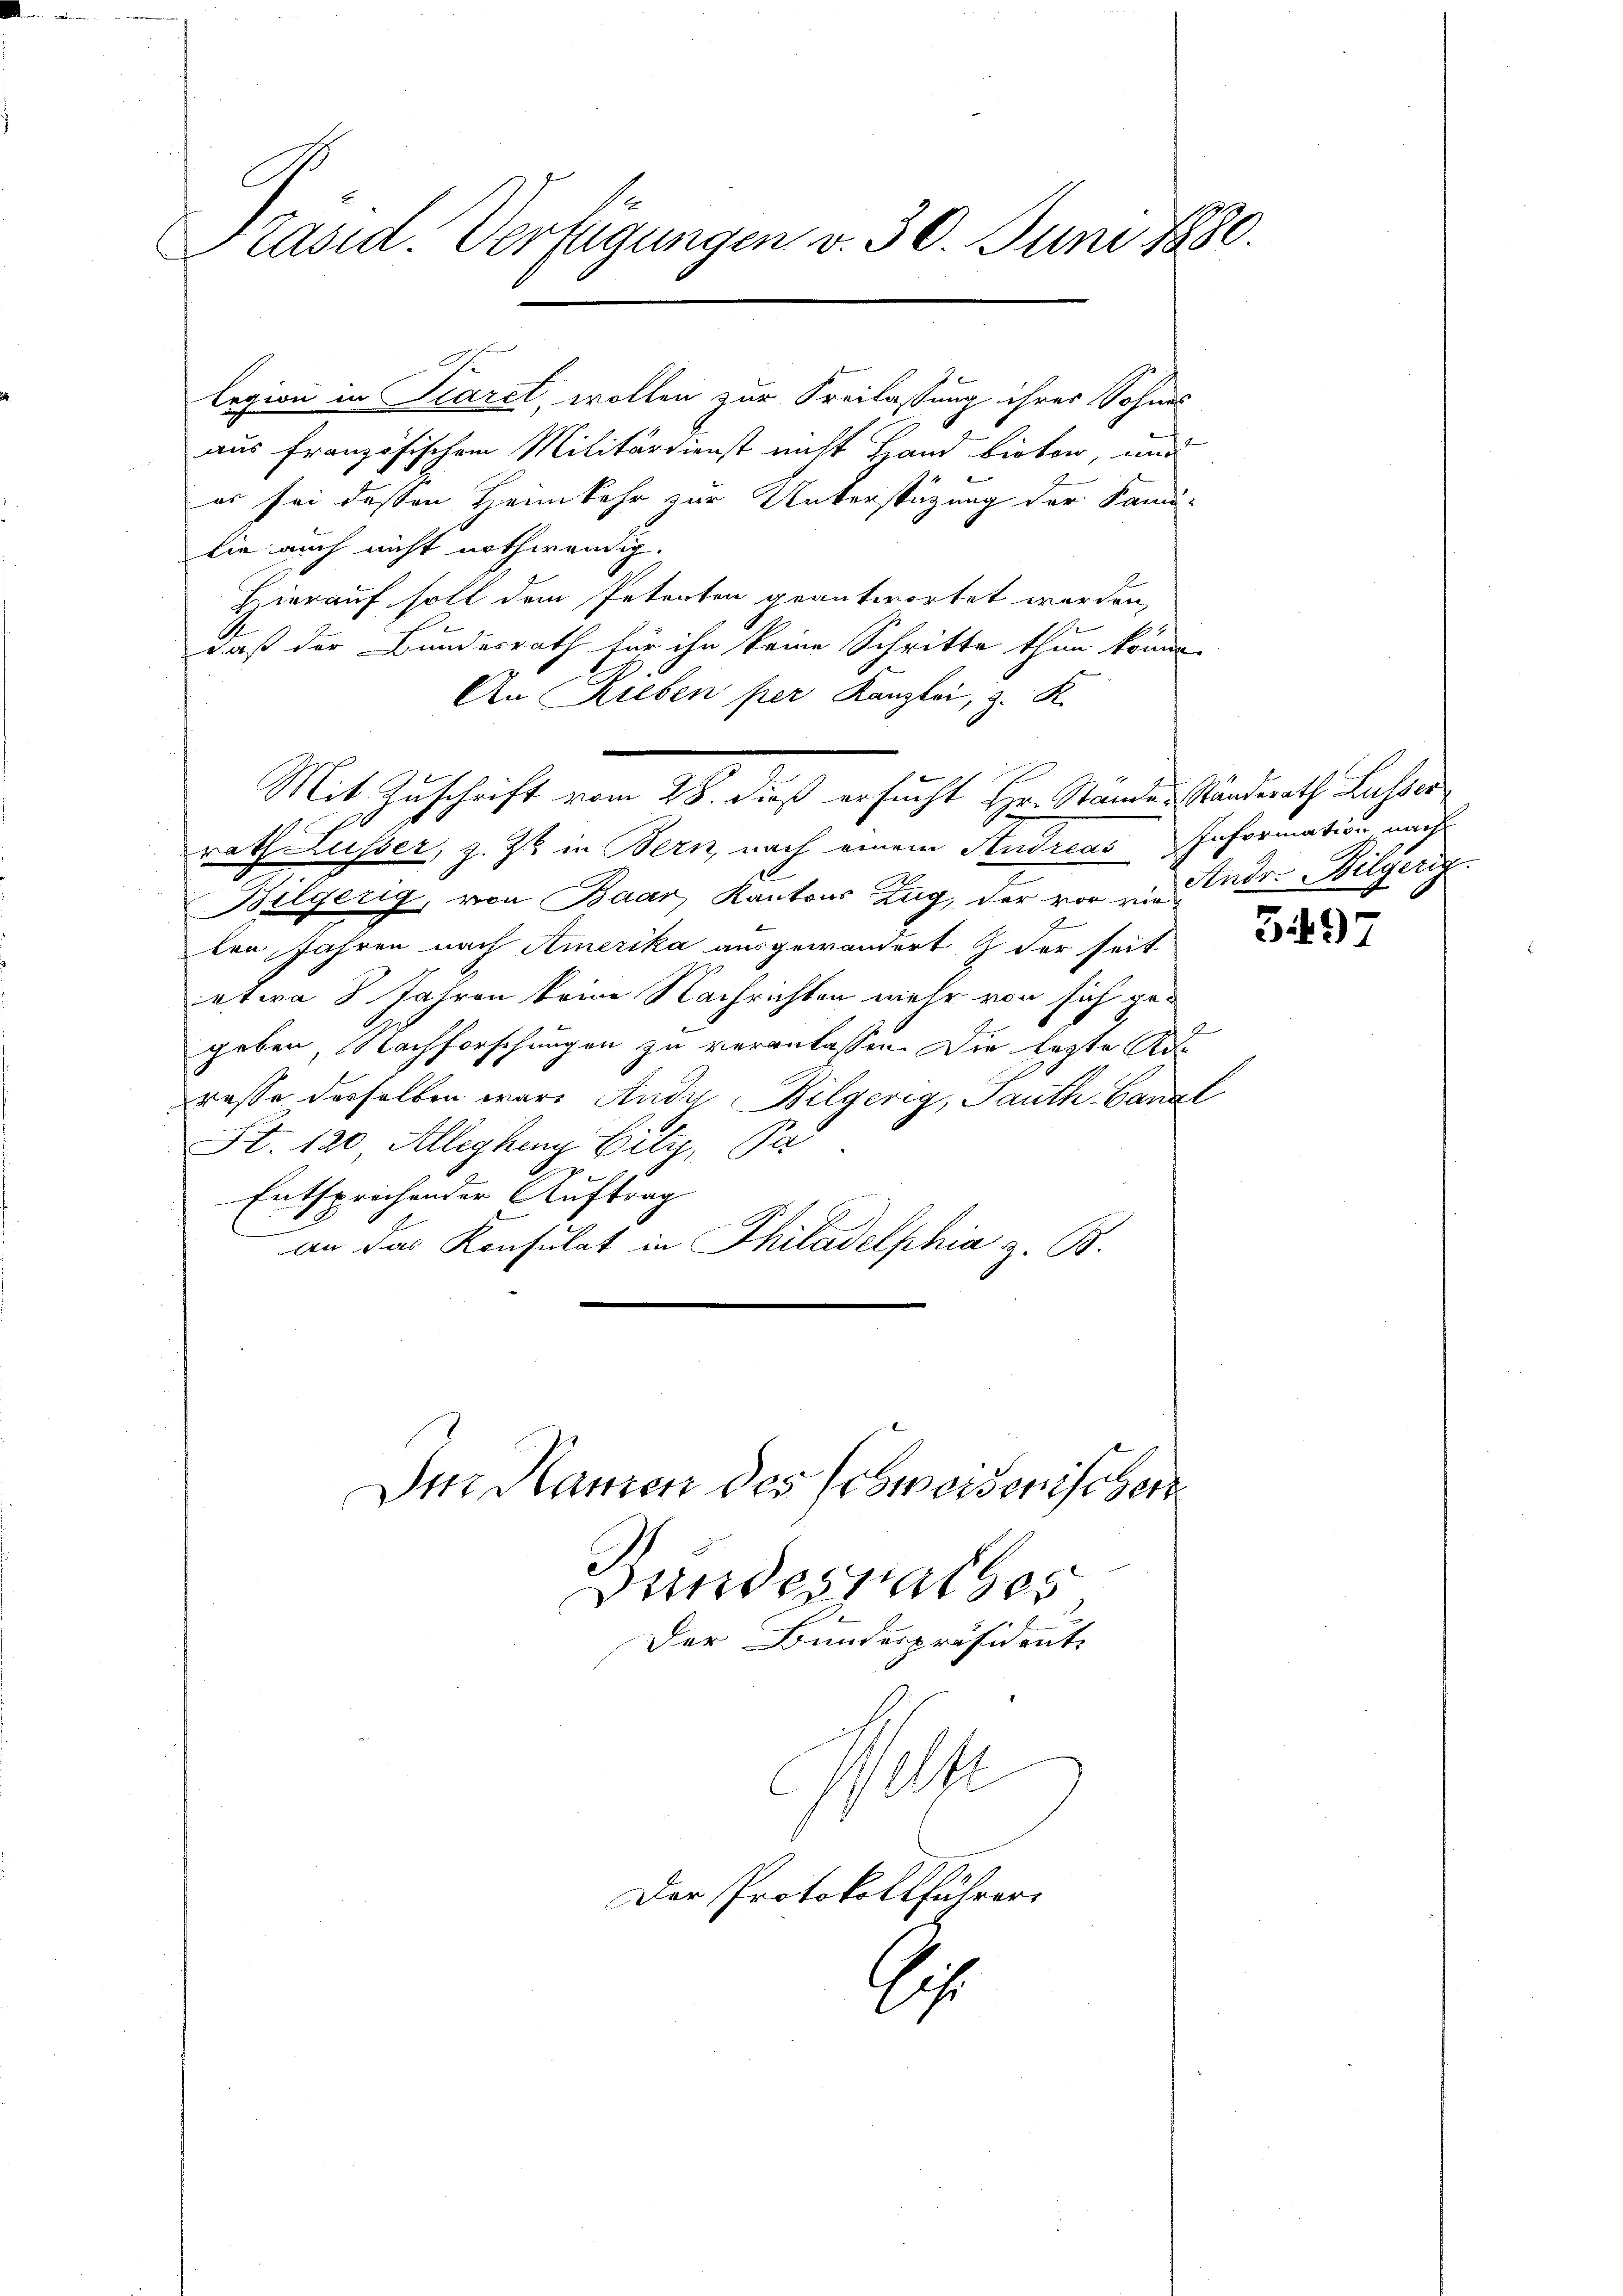
Präsid. Verfügungen v. 30. Juni 1880.

legion in Scaret, wollen zur Freilassung ihres Sohnes
aus französischem Militärdienst nicht Hand bieter, und
es sei deßen Heimkehr zur Unterstüzung der Kan-
lie auch nicht nothwendig.
Hierauf soll dem Petenten geantwortet werden,
daß der Bundesrath für ihn keine Schritte thun könne
An Rieben per Kanzlei, z. R.
rath Ausser, z. Zt. in Bern, nach einem Studreas Information nach
Bilgerig, von Baar, Kantons Zug, der vor zum Andr. Bilgerig
ten Jahren nach Amerika ausgewandert & der seit
etwa 8 Jahren keine Nachrichten mehr von sich ge¬
Pr
geben Nachforschungen zu veranlassen. Die legte Kor
rasse derselben wäre Audie Bilgerig, Panth-Canal
6
St. 120, Alleghin Fitz, Pa
pr
Entsprochender Auftrag
an das Konsulat in Philadelphia z. B.

Mit Zuschrift vom 28. dieß ersucht Hr. Stande Standerath Lusser

elfe
Der Protokollführers

Der Namen des Schweisenischen
Bundesrathes
Der Bundespräsident.

1

3497